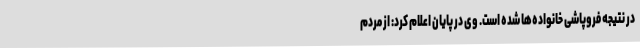
در نتیجه فروپاشی خانواده‌ها شده است. وی در پایان اعلام کرد: از مردم